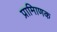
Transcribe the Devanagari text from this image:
प्रामािणक